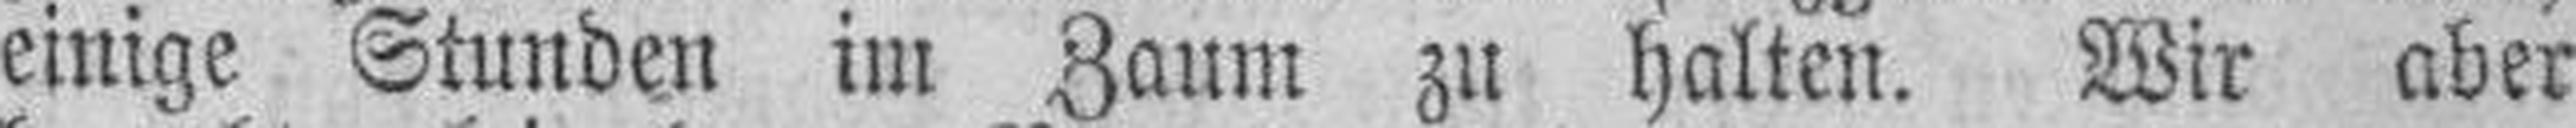
einige Stunden im Zaum zu halten. Wir aber